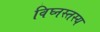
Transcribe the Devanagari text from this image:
विघ्नस्तस्य